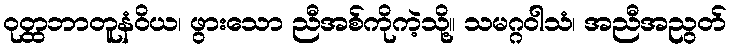
ဝုတ္ထဘာတူနံဝိယ၊ ဖွားသော ညီအစ်ကိုကဲ့သို့။ သမဂ္ဂဝါသံ၊ အညီအညွတ်